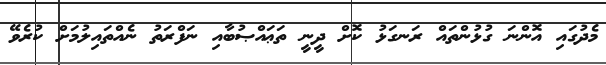
މެދުގައި އޮންނަ ގުޅުންތައް ރަނގަޅު ކޮށް ދީނީ ތަޢައްޞުބާއި ނަފްރަތު ނެއްތައިލުމަށް ކުރެވޭ